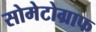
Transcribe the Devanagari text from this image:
सोमेटोग्राफ